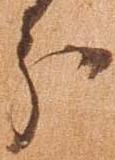
分